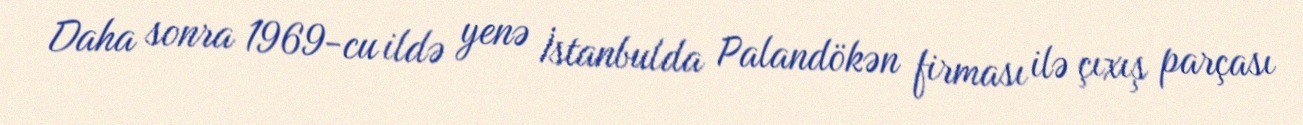
Daha sonra 1969-cu ildə yenə İstanbulda Palandökən firması ilə çıxış parçası